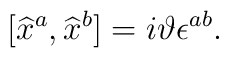
\lbrack \widehat{x}^{a},\widehat{x}^{b}]=i\vartheta \epsilon ^{ab}.